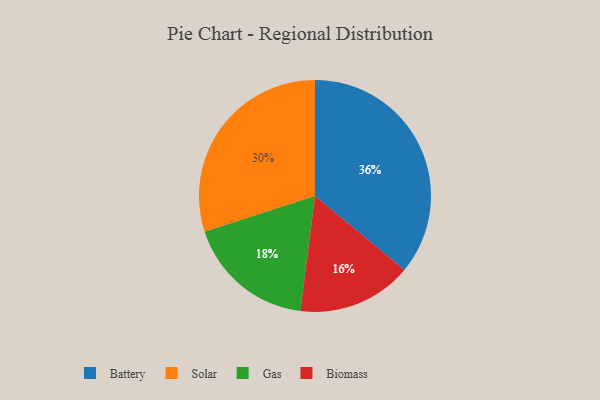
{"axis": {"x": "Category", "y": "Percentage"}, "legend": ["Battery", "Biomass", "Gas", "Solar"], "data": [{"x": "Biomass", "y": 16, "type": "Biomass"}, {"x": "Battery", "y": 36, "type": "Battery"}, {"x": "Gas", "y": 18, "type": "Gas"}, {"x": "Solar", "y": 30, "type": "Solar"}]}